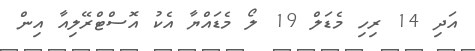
އަދި 14 ރިހި މެޑަލް 19 ލޯ މެޑައްޔާ އެކު އޮސްޓްރޭލިއާ އިން